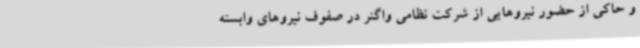
و حاکی از حضور نیروهایی از شرکت نظامی واگنر در صفوف نیروهای وابسته